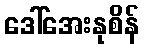
ဒေါ်အေးနုစိန်